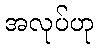
အလုပ်ဟု